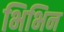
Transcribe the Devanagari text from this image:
भिभिन